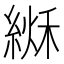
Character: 𦂏